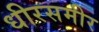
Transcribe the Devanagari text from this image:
धीरसमीर